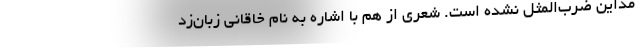
مداین ضرب‌المثل نشده است. شعری از هم با اشاره به نام خاقانی زبان‌زد